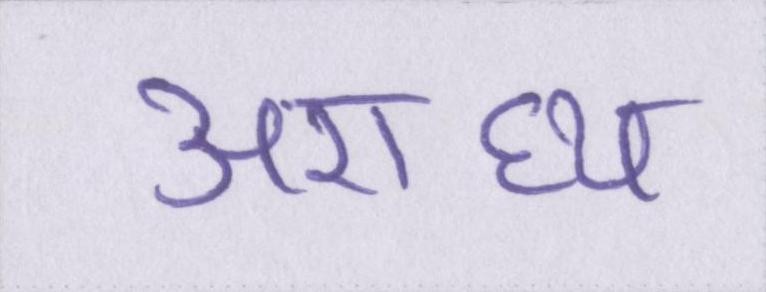
अराध्य